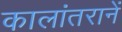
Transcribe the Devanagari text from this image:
कालांतरानें